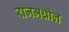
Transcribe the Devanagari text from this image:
राजमधील